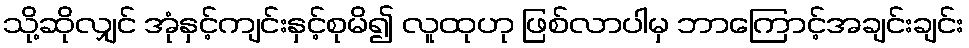
သို့ဆိုလျှင် အုံနှင့်ကျင်းနှင့်စုမိ၍ လူထုဟု ဖြစ်လာပါမှ ဘာကြောင့်အချင်းချင်း